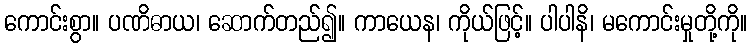
ကောင်းစွာ။ ပဏိဓာယ၊ ဆောက်တည်၍။ ကာယေန၊ ကိုယ်ဖြင့်။ ပါပါနိ၊ မကောင်းမှုတို့ကို။